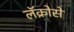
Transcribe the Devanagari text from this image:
लॅक्रोसे